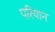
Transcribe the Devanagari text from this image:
परियान